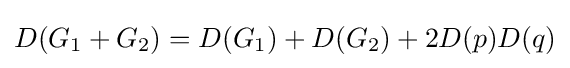
D(G_{1}+G_{2})=D(G_{1})+D(G_{2})+2D(p)D(q)